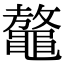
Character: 𪓴